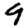
Digit: 9